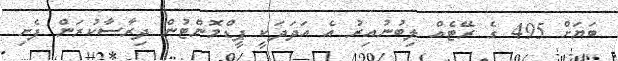
ބަޔަށް 495 ގެ ރޭޓެއް ލިބުނުއިރު އެ އަދަދަކީ ޕީޑްމޮންޓުން ދިރާސާކުރަން ފެށި